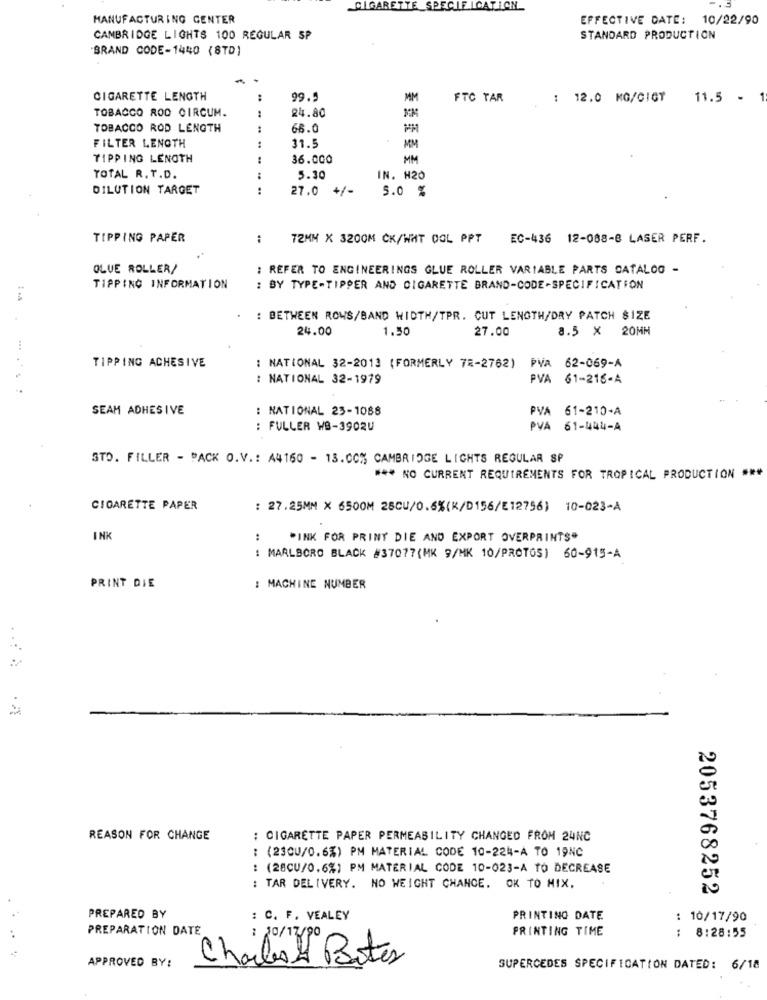
CIGARETTE SPECIFICATION
MANUFACTURING CENTER
EFFECTIVE DATE: 10/22/90
CAMBRIDGE LIGHTS 100 REGULAR SP
STANDARD PRODUCTION
BRAND CODE-1440 (8TD)
CIGARETTE LENGTH
99.9
MM
FTC TAR
: 12.0 MG/GIGT 11.5 -
1
TOBACCO ROD CIRCUM.
24.80
TOBACCO ROD LENGTH
66.0
FILTER LENGTH
31.5
MM
TIPPING LENGTH
36.000
MM
TOTAL R. T.D.
5.30
IN. H20
DILUTION TARGET
27.0
+/-
5.0 %
TIPPING PAPER
T2MM X 3200M CK/WAT OOL PPT EC-436 12-088-8 LASER PERF.
OLVE ROLLER/
: REFER TO ENGINEERINGS GLUE ROLLER VARIABLE PARTS CATALOG -
TIPPING INFORMATION
: BY TYPE-TIPPER AND CIGARETTE BRAND-CODE-SPECIFICATION
: BETWEEN ROWS/BAND WIDTH/TPR. CUT LENGTH/DRY PATCH SIZE
24.00
1.50
27.00
8.5 × 20MM
TIPPING ACHESIVE
: NATIONAL 32-2013 (FORMERLY 78-2762)
PVA 62-069-A
: NATIONAL 32-1979
PVA 61-216-A
SEAM ADHESIVE
: NATIONAL 23-1088
PVA 61-210-A
: FULLER WB-3902U
PVA 61-444-A
STO. FILLER - PACK O.V .: A4160 - 13.00% CAMBRIDGE LIGHTS REGULAR SP
*** NO CURRENT REQUIREMENTS FOR TROPICAL PRODUCTION ***
CIGARETTE PAPER
: 27.25MM X 6500M 28CU/0.6%(K/D156/E12756) 10-023-A
INK
:
"INK FOR PRINT DIE AND EXPORT OVERPRINTS"
: MARLBORO BLACK #37077(MK 9/MK 10/PROTOS) 60-915-A
PRINT DIE
: MACHINE NUMBER
... .
REASON FOR CHANGE
: CIGARETTE PAPER PERMEABILITY CHANGED FROM 24NC
: (23CU/0.6%) PM MATERIAL CODE 10-224-A TO 19NC
: (28CU/0.6%) PM MATERIAL CODE 10-023-A TO DECREASE
: TAR DELIVERY. NO WEIGHT CHANGE. OK TO MIX.
2053768252
PREPARED BY
: C. F. VEALEY
PRINTING DATE
: 10/17/90
PREPARATION DATE
PRINTING TIME
..
: 10/17/90
8:28:55
APPROVED BY:
Charles 4 Botes
SUPERCEDES SPECIFICATION DATED: 6/18